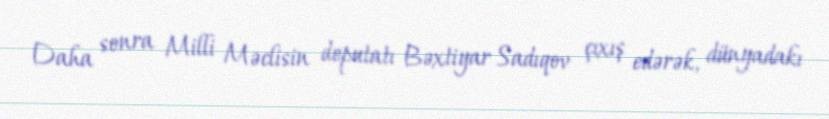
Daha sonra Milli Məclisin deputatı Bəxtiyar Sadıqov çıxış edərək, dünyadakı